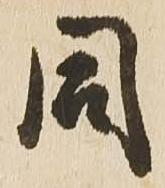
同